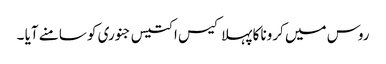
روس میں کرونا کا پہلا کیس ا کتیس جنوری کو سامنے آیا ۔